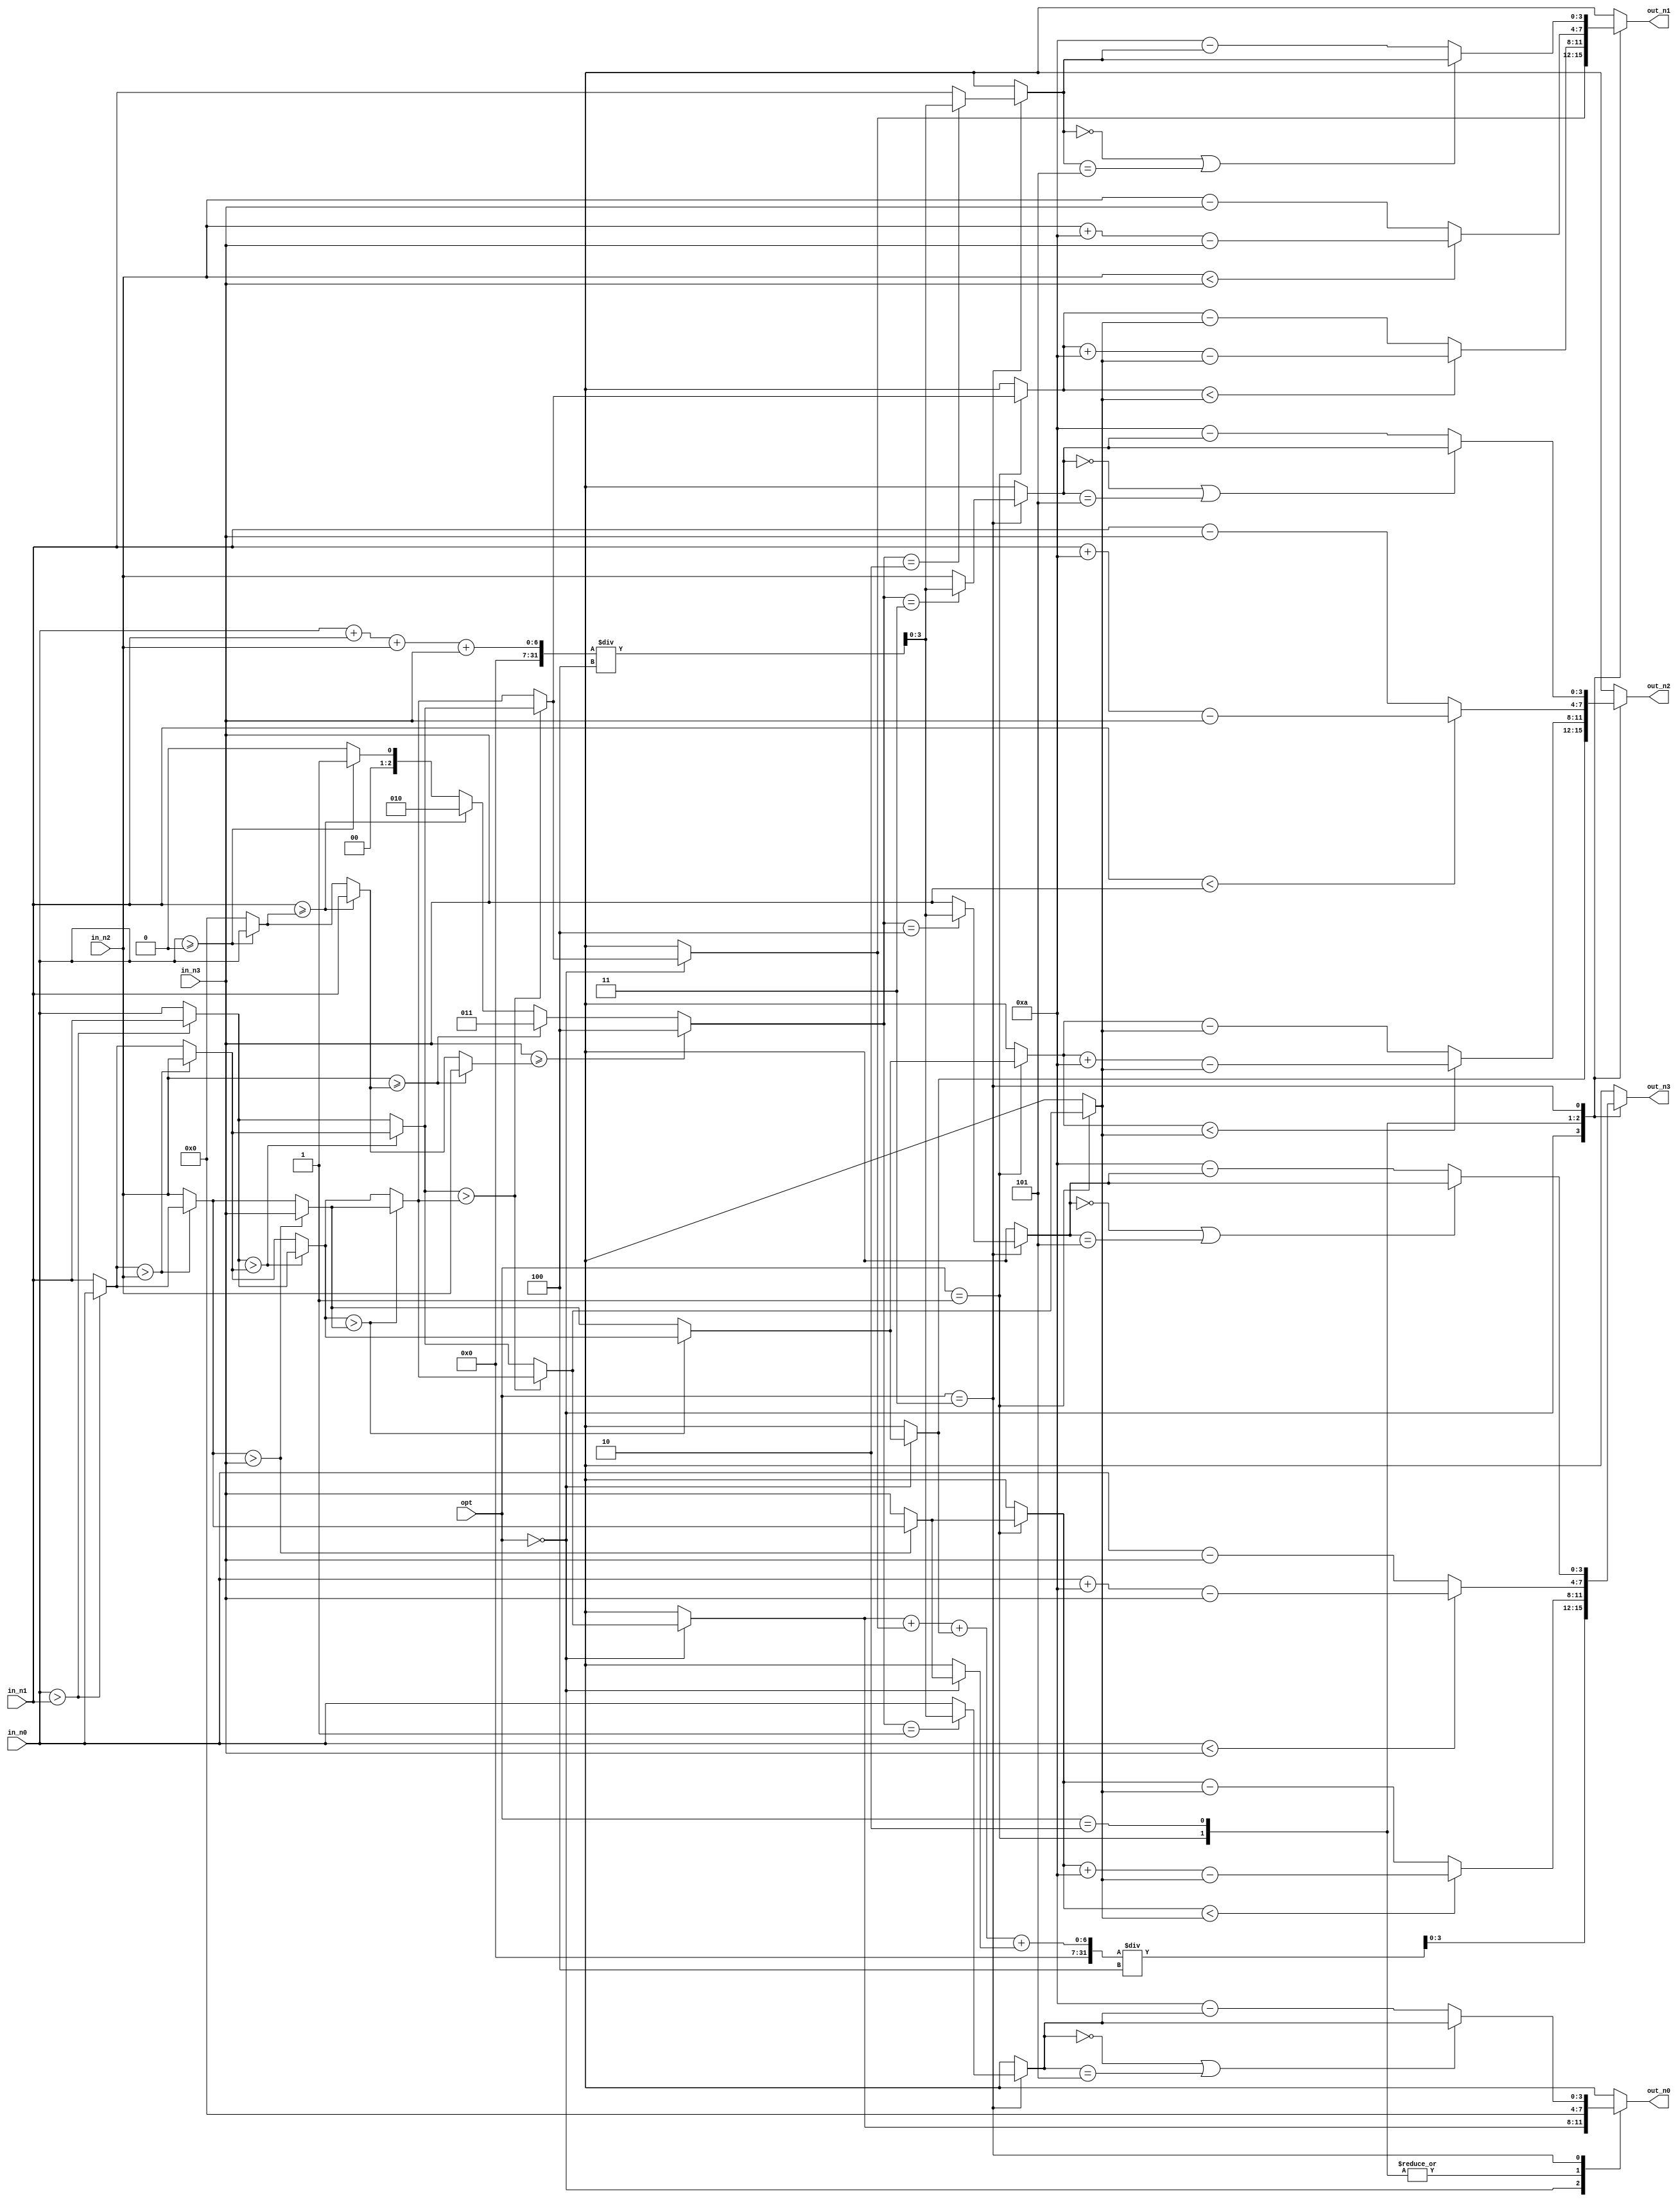
module COMC
(
        in_n0,
        in_n1,
        in_n2,
        in_n3,
        opt,
        out_n0,
        out_n1,
        out_n2,
        out_n3
);

input[3:0]in_n0,in_n1,in_n2,in_n3;
input[1:0]opt;
output reg[3:0]out_n0,out_n1,out_n2,out_n3;
reg[5:0] tmp;
reg[3:0] max, array [1:4];
integer i,j;

always@*
begin

array[1] = in_n0;
array[2] = in_n1;
array[3] = in_n2;
array[4] = in_n3;
//-----------------------------------//
case(opt)
  2'b00:
  begin
  //sort
    for(i=1;i < 4; i = i + 1) begin
      for(j = 1;j < 5 - i; j = j + 1) begin
        if(array[j] > array[j+1]) begin
          max = array[j];
          array[j] = array[j+1];
          array[j+1] = max;
        end
      end
    end
  //smoothing
    tmp = (array[1] + array[2] + array[3] + array[4])/4;
    array[4] = tmp;
  
  //output
    out_n0 = array[1];
    out_n1 = array[2];
    out_n2 = array[3];
    out_n3 = array[4];
  end
//-----------------------------------//
  2'b01:
  begin
  //sort
    for(i=1;i < 4; i = i +1) begin
      for(j = 1;j < 5 - i; j = j + 1) begin
        if(array[j] > array[j+1]) begin
          max = array[j];
          array[j] = array[j+1];
          array[j+1] = max;
        end
      end
    end
  //normalize
    tmp = array[1];
    array[1] = 0;
    for(i=2;i<=4; i = i+1) begin
      if(array[i] < tmp) 
        array[i] = array[i] +10 - tmp;
      else 
        array[i] = array[i] - tmp;
    end
  //output
    out_n0 = array[1];
    out_n1 = array[2];
    out_n2 = array[3];
    out_n3 = array[4];
  end
//-----------------------------------//
  2'b10:
  begin
  //inverse
    tmp = array[1];
    array[1] = array[4];
    array[4] = tmp;
    tmp = array[2];
    array[2] = array[3];
    array[3] = tmp; 
  //normalize
    tmp = array[1];
    array[1] = 0;
    for(i=2;i<=4; i = i+1) begin
      if(array[i] < tmp)
        array[i] = array[i] +10 - tmp;
      else
        array[i] = array[i] - tmp;
    end
  //output
    out_n0 = array[1];
    out_n1 = array[2];
    out_n2 = array[3];
    out_n3 = array[4];
  end
//-----------------------------------//
  2'b11:
  begin
  //smoothing
    tmp = (array[1] + array[2] + array[3] + array[4])/4;
    
    j = 0;
    max = 0;
    for(i=1;i<5;i = i+1) begin
      if(array[i] >= max) begin
        j = i;
        max = array[i];
      end
    end
    
    array[j] = tmp;
  //mirror
    for(i=1;i < 5; i = i + 1) begin
      if(array[i] == 0 || array[i] == 5)
        array[i] = array[i];
      else
        array[i] = 10 - array[i];
    end
  //output
    out_n0 = array[1];
    out_n1 = array[2];
    out_n2 = array[3];
    out_n3 = array[4];
  end
//-----------------------------------//
  default: 
  begin
    out_n0 = 4'bx;
    out_n1 = 4'bx;
    out_n2 = 4'bx;
    out_n3 = 4'bx;
  end
endcase

end

endmodule